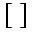
[ \; ]